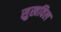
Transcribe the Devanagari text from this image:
सुखविल